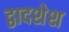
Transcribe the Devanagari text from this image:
द्वादशेश